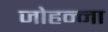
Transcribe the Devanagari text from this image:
जोहन्ना